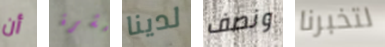
أن حشرة لدينا ونصف لتخبرنا